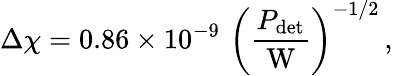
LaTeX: \Delta\chi=0.86\times 10^{-9}\, \, \left(\frac{P_{\mathrm{det}}}{\mathrm{W}}\right)^{-1/2}\, ,